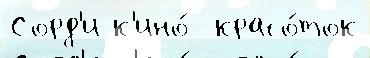
Сорд'и к'ино́  красо́ток